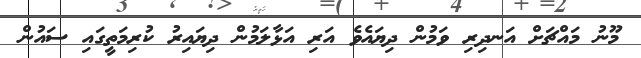
މޫނު މައްޗަށް އަނދިރި ވަމުން ދިޔައެވެ އަރި އަޅާލަމުން ދިޔައިރު ކުރިމަތީގައި ސައުން